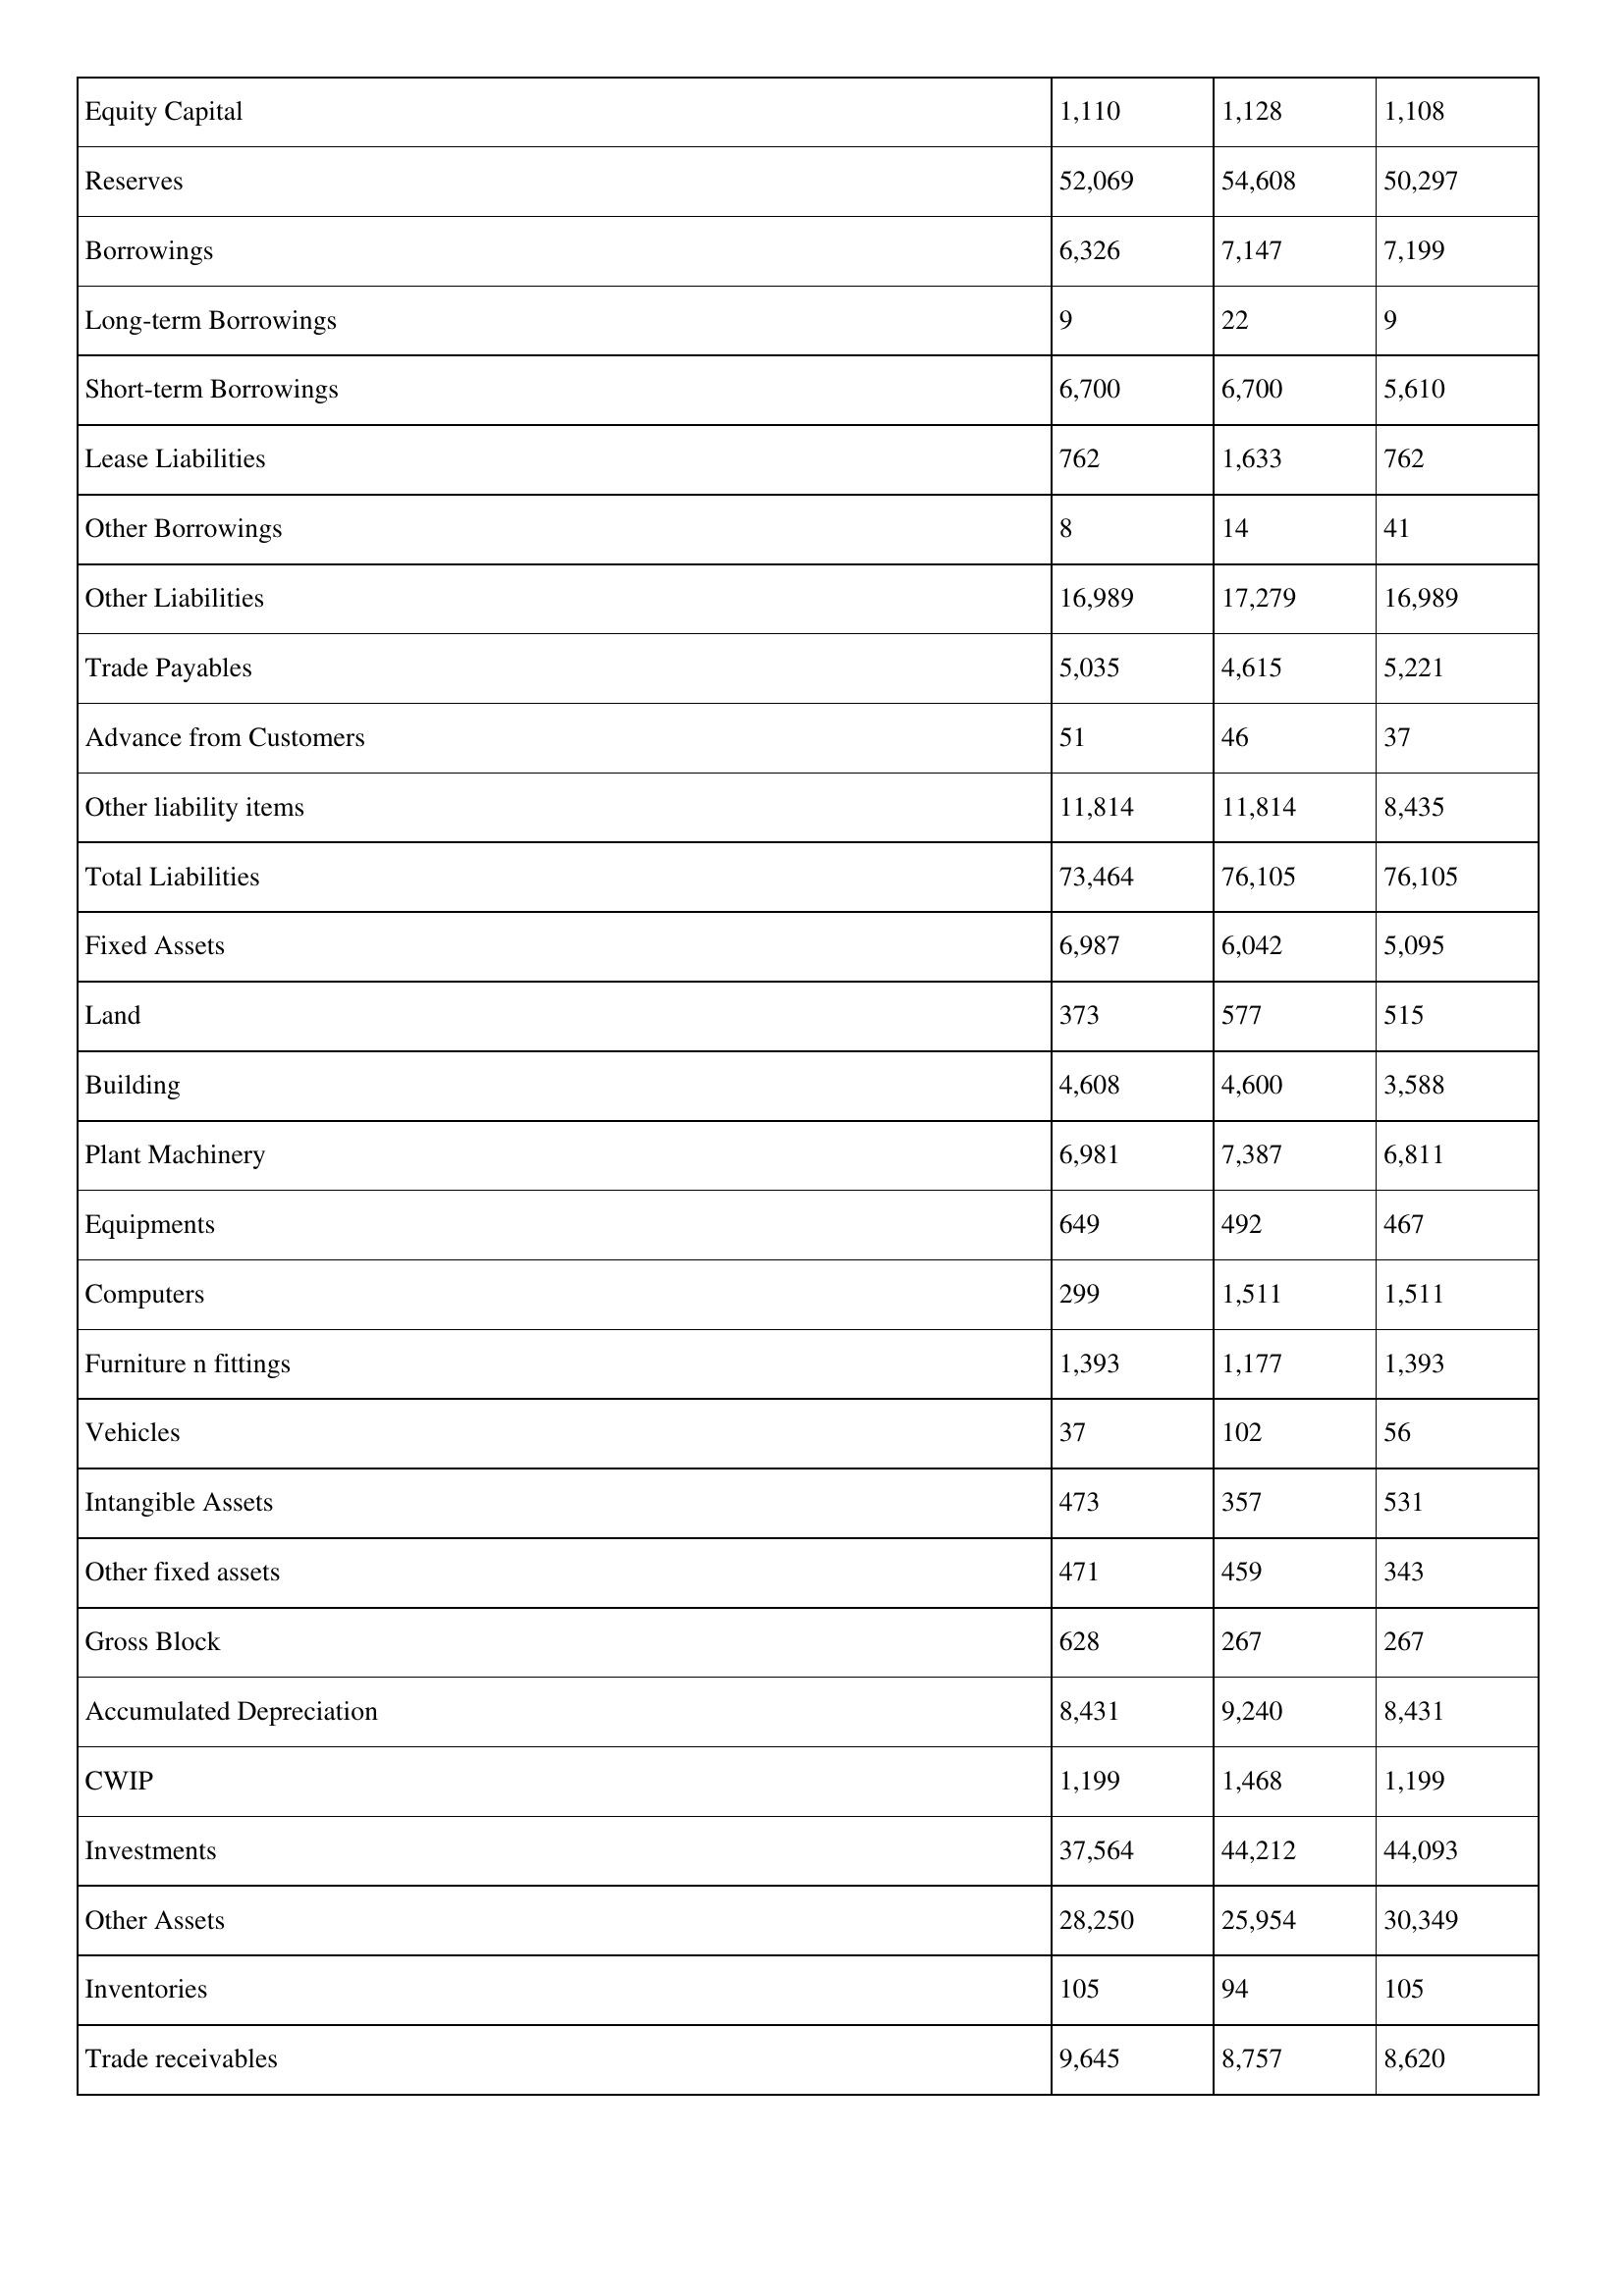
gt_parse: 2001: Balance Sheet: Equity Capital: 1,110
Reserves: 52,069
Borrowings: 6,326
Long-term Borrowings: 9
Short-term Borrowings: 6,700
Lease Liabilities: 762
Other Borrowings: 8
Other Liabilities: 16,989
Trade Payables: 5,035
Advance from Customers: 51
Other liability items: 11,814
Total Liabilities: 73,464
Fixed Assets: 6,987
Land: 373
Building: 4,608
Plant Machinery: 6,981
Equipments: 649
Computers: 299
Furniture n fittings: 1,393
Vehicles: 37
Intangible Assets: 473
Other fixed assets: 471
Gross Block: 628
Accumulated Depreciation: 8,431
CWIP: 1,199
Investments: 37,564
Other Assets: 28,250
Inventories: 105
Trade receivables: 9,645
2000: Balance Sheet: Equity Capital: 1,128
Reserves: 54,608
Borrowings: 7,147
Long-term Borrowings: 22
Short-term Borrowings: 6,700
Lease Liabilities: 1,633
Other Borrowings: 14
Other Liabilities: 17,279
Trade Payables: 4,615
Advance from Customers: 46
Other liability items: 11,814
Total Liabilities: 76,105
Fixed Assets: 6,042
Land: 577
Building: 4,600
Plant Machinery: 7,387
Equipments: 492
Computers: 1,511
Furniture n fittings: 1,177
Vehicles: 102
Intangible Assets: 357
Other fixed assets: 459
Gross Block: 267
Accumulated Depreciation: 9,240
CWIP: 1,468
Investments: 44,212
Other Assets: 25,954
Inventories: 94
Trade receivables: 8,757
1999: Balance Sheet: Equity Capital: 1,108
Reserves: 50,297
Borrowings: 7,199
Long-term Borrowings: 9
Short-term Borrowings: 5,610
Lease Liabilities: 762
Other Borrowings: 41
Other Liabilities: 16,989
Trade Payables: 5,221
Advance from Customers: 37
Other liability items: 8,435
Total Liabilities: 76,105
Fixed Assets: 5,095
Land: 515
Building: 3,588
Plant Machinery: 6,811
Equipments: 467
Computers: 1,511
Furniture n fittings: 1,393
Vehicles: 56
Intangible Assets: 531
Other fixed assets: 343
Gross Block: 267
Accumulated Depreciation: 8,431
CWIP: 1,199
Investments: 44,093
Other Assets: 30,349
Inventories: 105
Trade receivables: 8,620